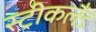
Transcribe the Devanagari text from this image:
स्ट्रीकलैंड